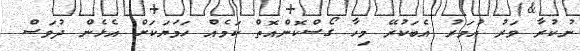
ނުކުރާ ވަރު އުމަރު އެބަކުރޭ މިހާ ގޯސްކޮންއޮތް ކަމެއް ހަމަޔަކަށް އެޅެން ދުވަސް